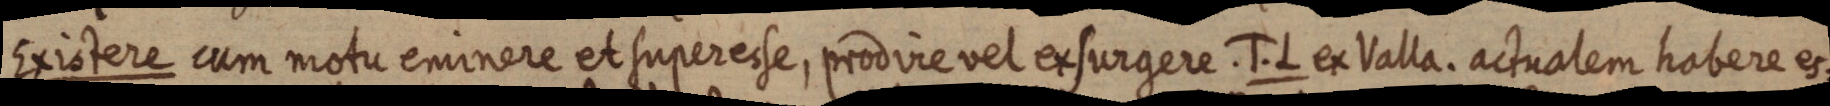
Existere cum motu eminere et superesse, prodire vel exsurgere. J. L ex Valla. actualem habere es